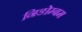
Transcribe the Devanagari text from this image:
निङोम्बम